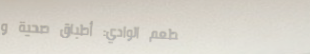
مطعم الوادي: أطباق صحية و